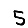
Digit: 5